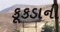
કૂકડાની